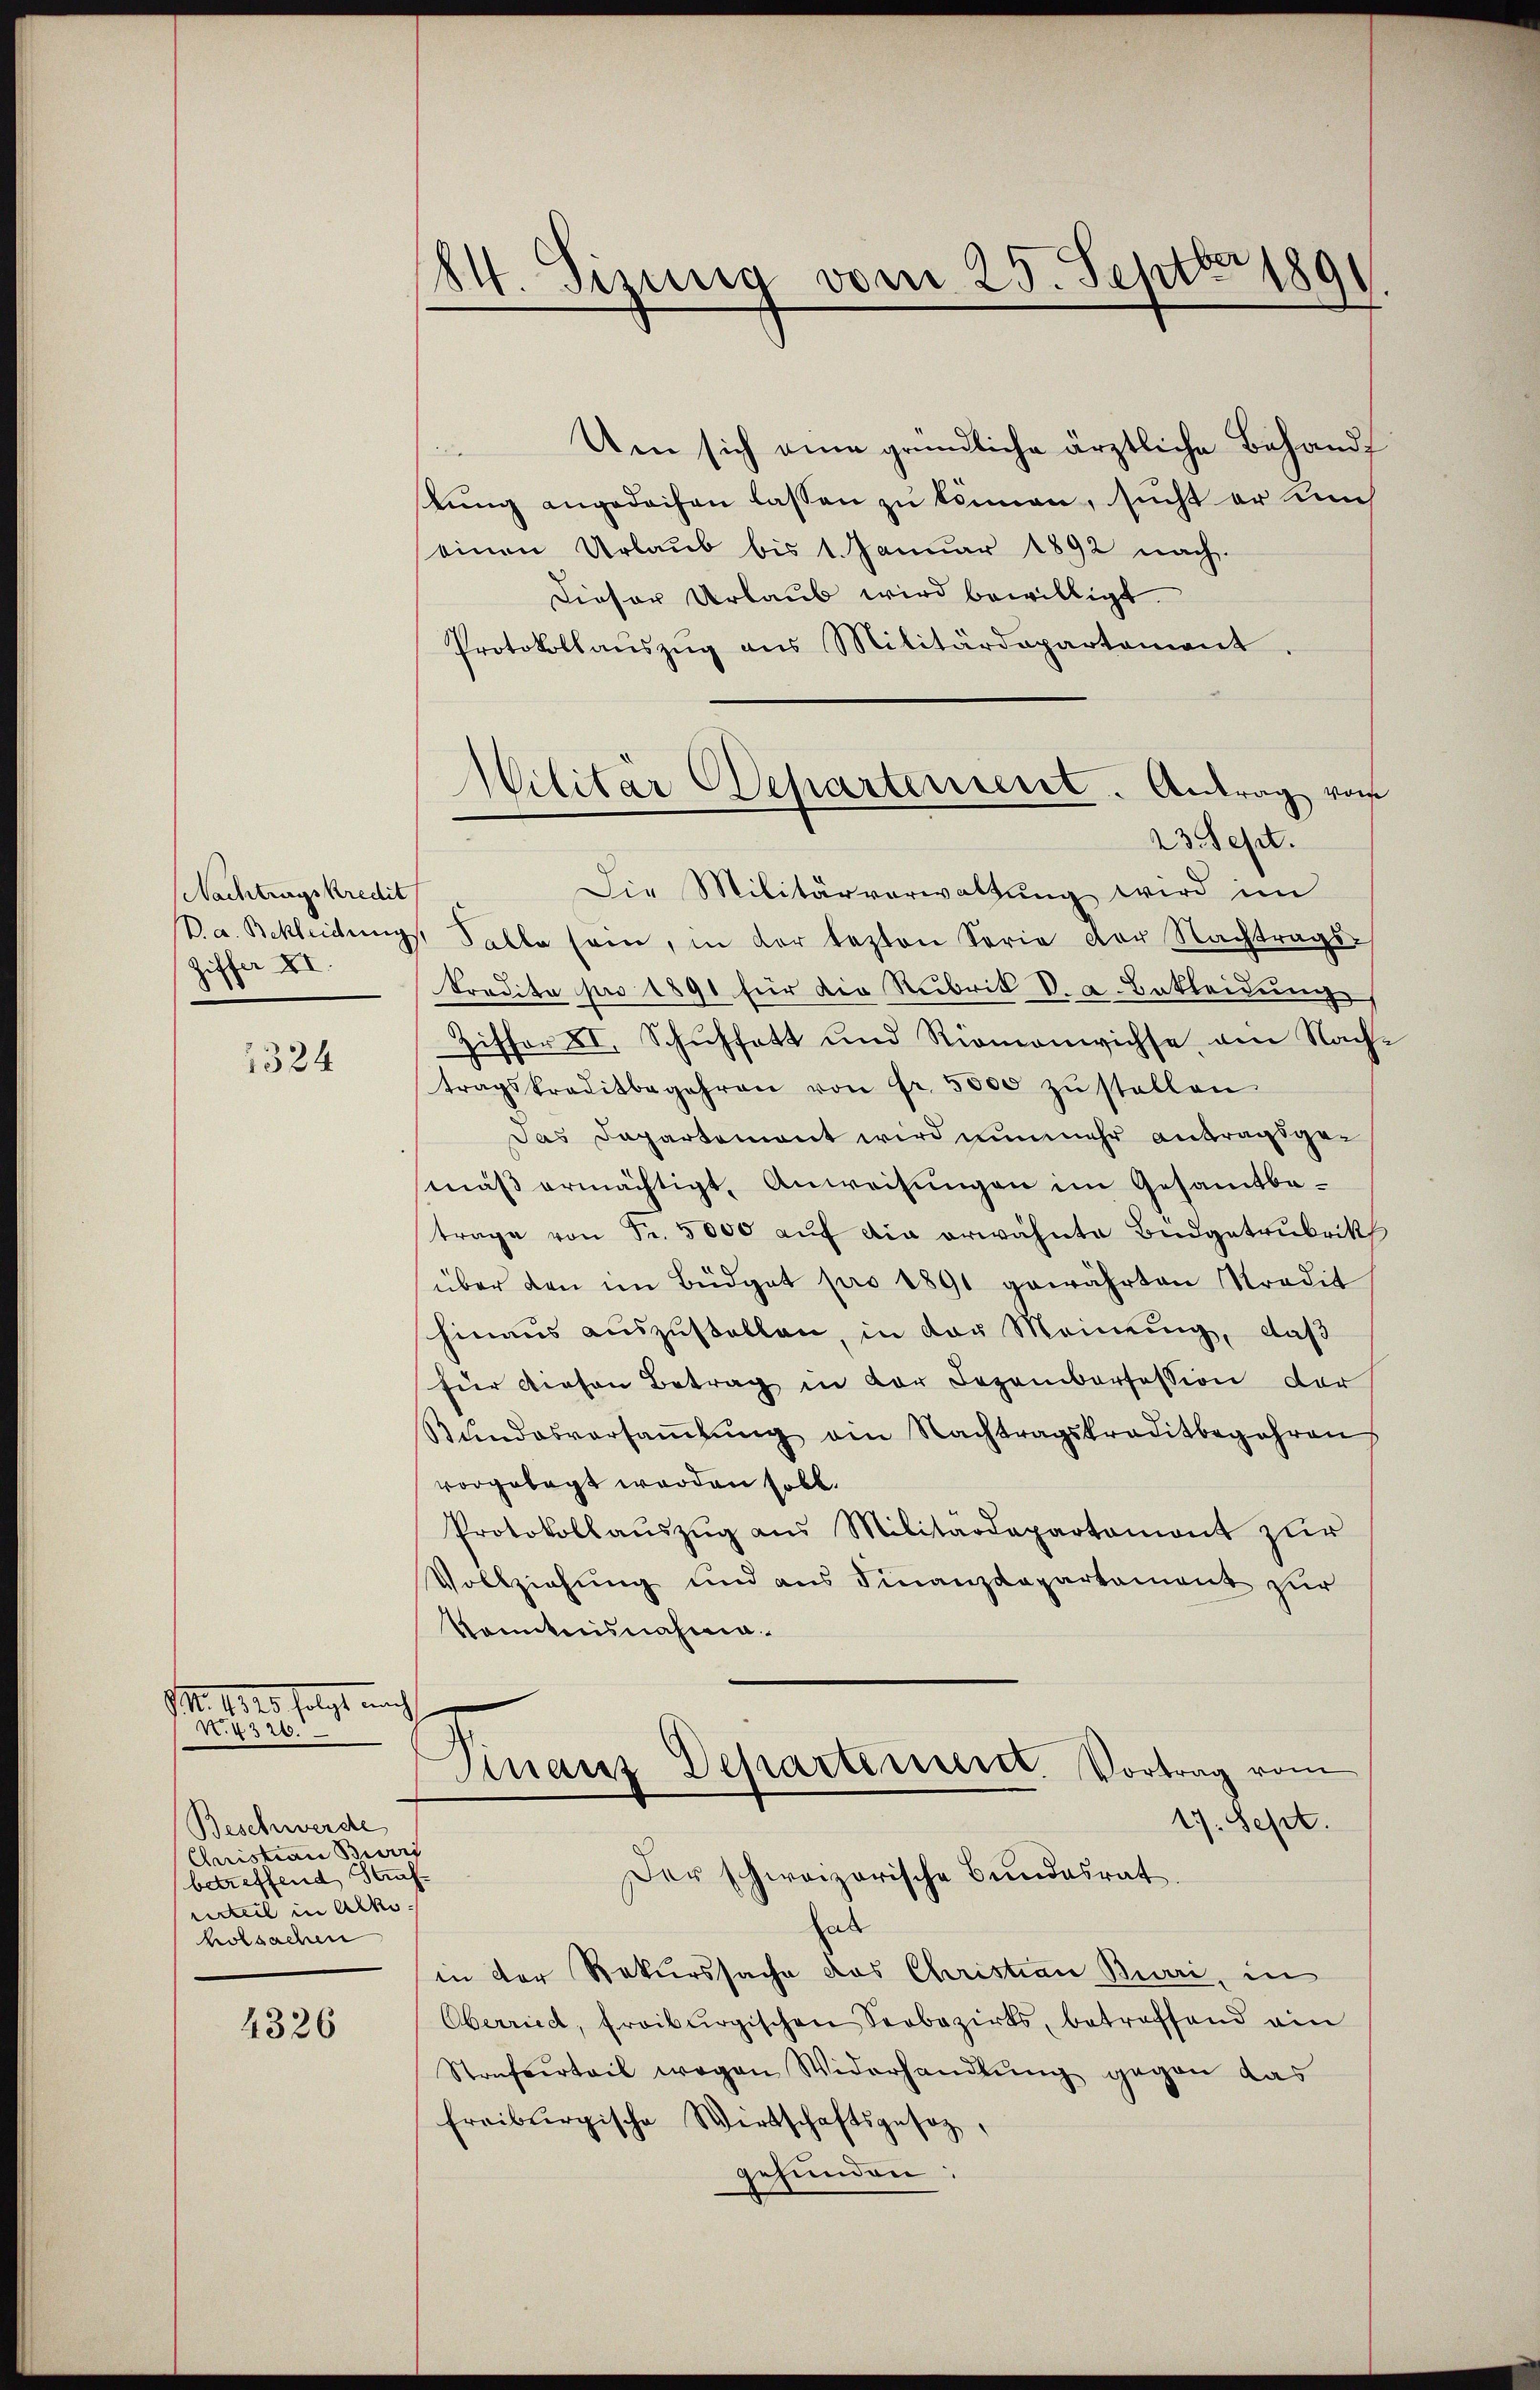
Nachtragskredit
Ziffer XI.

1324

M. 1810 folgt nach

Beschwerde
Christian Beri
betreffend Strafvrteil in Alko
holsachen

4326

24. Sizung vom 25. Septbr 1891

Militär Departement. Antrag von
23. Sept.

Um sich eine gründliche ärztliche Behandstung angedachen lassen zu können, sucht er mich
einen Urlaub bis 1. Januar 1892 nach.
Dieser Urlaub wird bewilligt.
Protokollaŭszŭg ans Militärdepartement.
Die Militärverwaltung wird im
ka. Bekleidungs Salle sein, in der lezten Serie der Nachtrags-
Predita pro 1891 für die Rubrik V. a. Bekleidung
Zisfor XI. Schuhfett und Riomonwichse am Nach-
tragskreditbegehren von fr. 5000 zŭ stellen
Das Dapartemont wird nunmehr antragsgemäß ermächtigt, Anweisungen im Gesamtbatrage von Fr. 5000 aŭf die erwähnte Budgetrubrik
(über den im Büdget pro 1891 gewährten Stradit
hinaus auszustellen, in der Meinung, daß
für diesen Betrag in der Dezemberession der
Bŭndesversaṁlŭng ein Nachtragskreditbegehren
vorgelegt worden soll.
Protokollaŭszŭg ans Militärdepartamont zŭr
Vollziehung und aus Finanzdepartement zur
konntnisnahme.
Departisieret. Vortrag vom
Finanz
17. Sept.
Der schweizerische Bundesrat.
al
in der Rekurssache das Christian Burri, in
Oberried, freiburgischen Seebezirks, betreffend ein
Strafverteil wegen Widerhandlŭng gegen das
freiburgische Wirtschaftsgesetz,
gefunden: